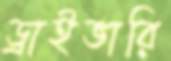
ড্রাইভারি